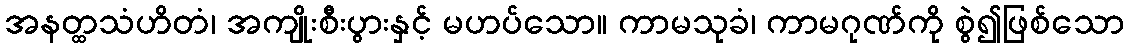
အနတ္ထသံဟိတံ၊ အကျိုးစီးပွားနှင့် မဟပ်သော။ ကာမသုခံ၊ ကာမဂုဏ်ကို စွဲ၍ဖြစ်သော